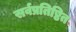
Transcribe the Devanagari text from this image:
सर्वप्रतिष्ठित